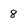
Character: 8